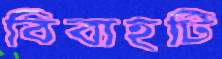
বিবাহটি